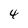
Character: 4